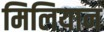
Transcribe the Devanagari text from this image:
मिलियान